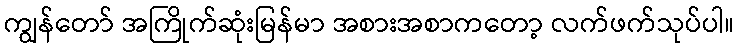
ကျွန်တော် အကြိုက်ဆုံးမြန်မာ အစားအစာကတော့ လက်ဖက်သုပ်ပါ။